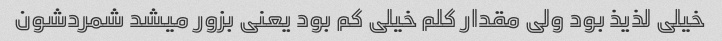
خیلی لذیذ بود ولی مقدار کلم خیلی کم بود یعنی بزور میشد شمردشون